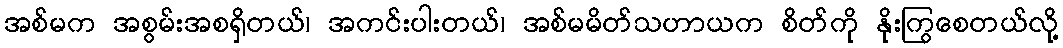
အစ်မက အစွမ်းအစရှိတယ်၊ အကင်းပါးတယ်၊ အစ်မမိတ်သဟာယက စိတ်ကို နိုးကြွစေတယ်လို့